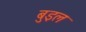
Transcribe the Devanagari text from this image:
बुइल